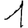
Digit: 1